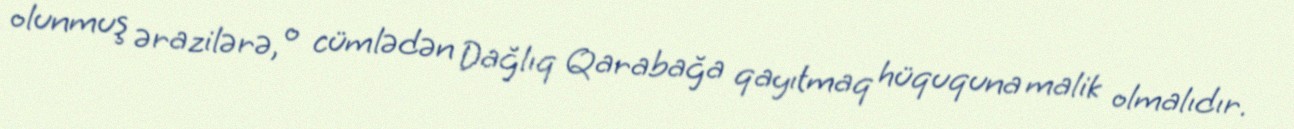
olunmuş ərazilərə, o cümlədən Dağlıq Qarabağa qayıtmaq hüququna malik olmalıdır.